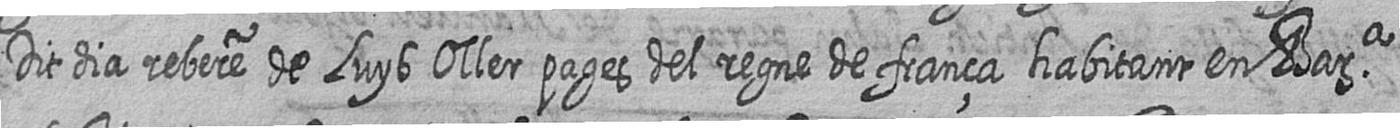
Dit dia rebere de Luys Oller pages del regne de frança habitant en Bara